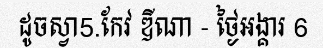
ដូចស្វា5.កែវ ឌីណា - ថ្ងៃអង្គារ 6